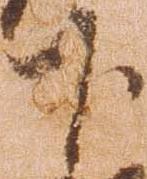
下